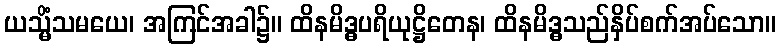
ယသ္မိံသမယေ၊ အကြင်အခါ၌။ ထိနမိဒ္ဓပရိယုဋ္ဌိတေန၊ ထိနမိဒ္ဓသည်နှိပ်စက်အပ်သော။